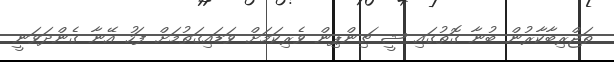
ތަޖްރިބާކާރުން ބުނާ ގޮތުގައި ޝީ ޗިންޕިން ވެރިކަމަށް ވަޑައިގަތުމަށް ފަހު އޭނާ ގެންދަވަނީ